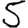
Digit: 5